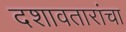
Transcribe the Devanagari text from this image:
दशावतारांचा